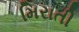
મિરાતી